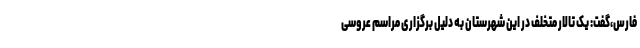
فارس،گفت: یک تالار متخلف در این شهرستان به دلیل برگزاری مراسم عروسی